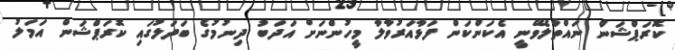
ކޮރަޕްޝަން ނައްތާލެވޭނީ އެކަންކަން ފަޅާއަރުވާލާ މީހުންނަށް އަދަބު ދިނުމުގެ ބަދަލުގައި ކޮރަޕްޝަން އަމަލު